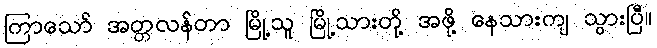
ကြာသော် အတ္တလန်တာ မြို့သူ မြို့သားတို့ အဖို့ နေသားကျ သွားပြီ။